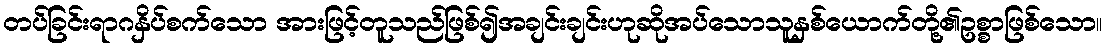
တပ်ခြင်းရာဂနှိပ်စက်သော အားဖြင့်တူသည်ဖြစ်၍အချင်းချင်းဟုဆိုအပ်သောသူနှစ်ယောက်တို့၏ဥစ္စာဖြစ်သော။